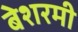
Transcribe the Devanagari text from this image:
बेशरमी